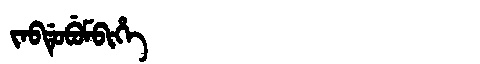
Manchu: ᠵᠠᠪᡩᡠᠪᡠᠮᠪᡳᡥᡝ
Romanization: JABDUBUMBIHE